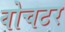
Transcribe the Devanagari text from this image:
वोचटर